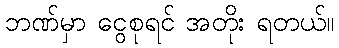
ဘဏ်မှာ ငွေစုရင် အတိုး ရတယ်။